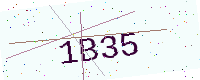
Text: 1B35